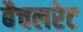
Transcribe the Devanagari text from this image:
बैचलरेट